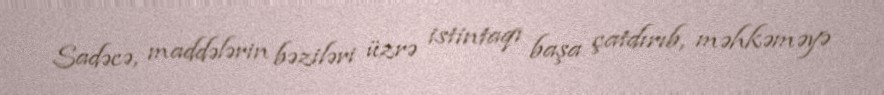
Sadəcə, maddələrin bəziləri üzrə istintaqı başa çatdırıb, məhkəməyə